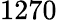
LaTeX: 1270